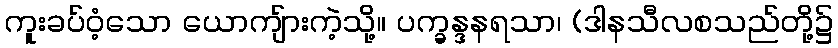
ကူးခပ်ဝံ့သော ယောကျ်ားကဲ့သို့။ ပက္ခန္ဒနရသာ၊ (ဒါနသီလစသည်တို့၌